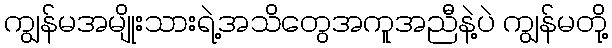
ကျွန်မအမျိုးသားရဲ့အသိတွေအကူအညီနဲ့ပဲ ကျွန်မတို့